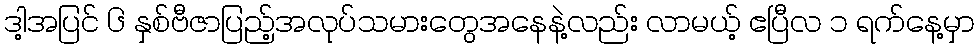
ဒါ့အပြင် ၆ နှစ်ဗီဇာပြည့်အလုပ်သမားတွေအနေနဲ့လည်း လာမယ့် ဧပြီလ ၁ ရက်နေ့မှာ